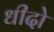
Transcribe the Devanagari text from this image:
धीदो